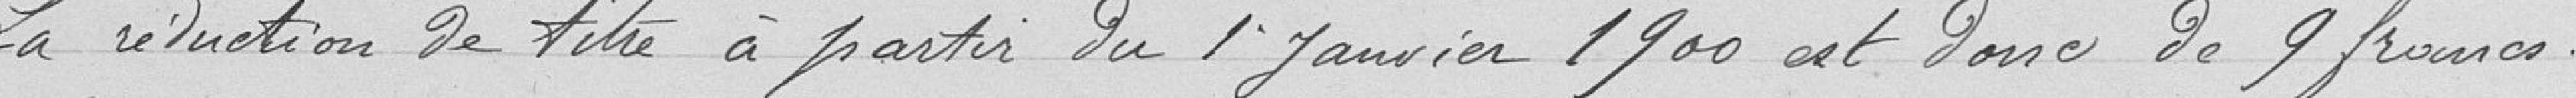
La situation de titre à partir du 1er janvier 1900 est donc de 9 francs.